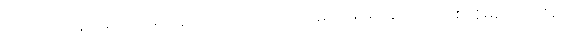
ထူလိကား မျက်ရည်ကျရပြန်သည် သင်ကြားပေးမည်ဖြစ်၍ မည်အ တစ်အိမ်မှတစ်အိမ်